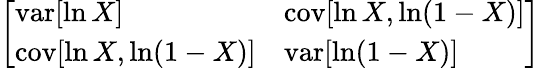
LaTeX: \left[\begin{array}{ll}{\operatorname{var}[\ln X]}&{\operatorname{cov}[\ln X,\ln(1-X)]}\\ {\operatorname{cov}[\ln X,\ln(1-X)]}&{\operatorname{var}[\ln(1-X)]}\end{array}\right]